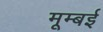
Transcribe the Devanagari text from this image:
मूम्बई